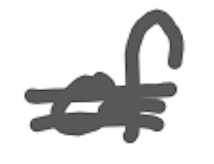
Text: of
Cross-out: double-line
Writing tool: digital_gray